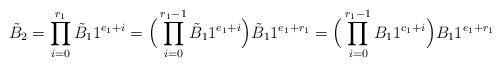
LaTeX: \begin{align*}\tilde{B}_{2} = \prod_{i=0}^{r_{1}}\tilde{B}_{1}1^{e_{1}+i}= \Big{(}\prod_{i=0}^{r_{1}-1}\tilde{B}_{1}1^{e_{1}+i}\Big{)}\tilde{B}_{1}1^{e_{1}+r_{1}}= \Big{(}\prod_{i=0}^{r_{1}-1}B_{1}1^{c_{1}+i}\Big{)}B_{1}1^{e_{1}+r_{1}}\end{align*}